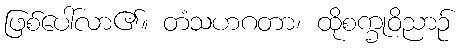
ဖြစ်ပေါ်လာ၏။ တံသဟဂတာ၊ ထိုစက္ခုဝိညာဉ်